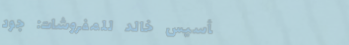
تأسيس خالد للمفروشات: جود